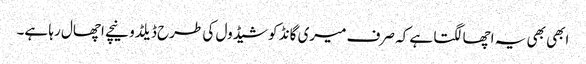
ابھی بھی یہ اچھا لگتا ہے کہ صرف میری گانڈ کو شیڈول کی طرح ڈیلڈو نیچے اچھال رہا ہے۔